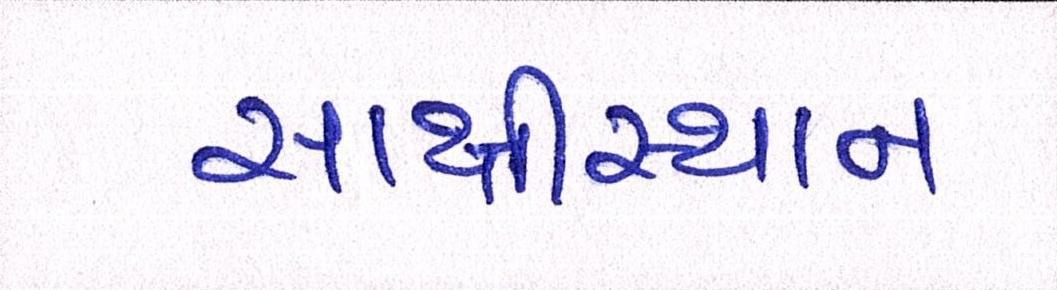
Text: સાક્ષીસ્થાન